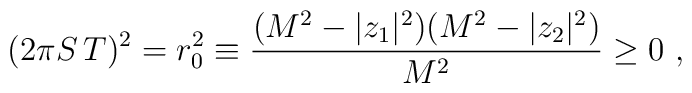
(2 \pi S\, T)^2    = r_0^2\equiv {(M^2- |z_1|^2) (M^2- |z_2|^2)\over M^2} \geq0 \ ,